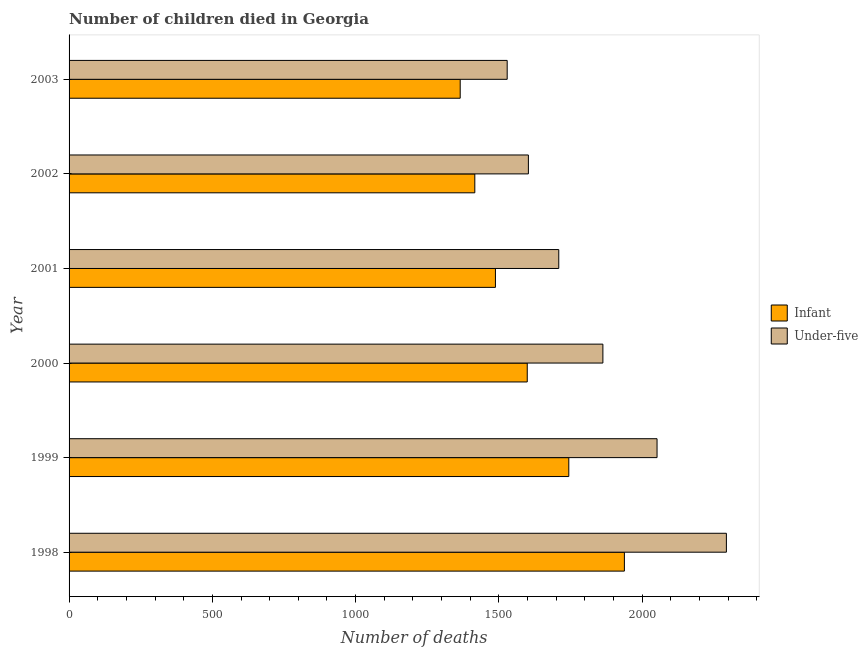
| Year | Infant | Under-five |
 | --- | --- | --- |
 | 1998 | 1.94e+03 | 2.29e+03 |
 | 1999 | 1.74e+03 | 2.05e+03 |
 | 2000 | 1.6e+03 | 1.86e+03 |
 | 2001 | 1.49e+03 | 1.71e+03 |
 | 2002 | 1.42e+03 | 1.6e+03 |
 | 2003 | 1.36e+03 | 1.53e+03 |